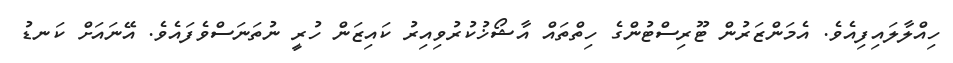
ހިއްލާލައިފިއެވެ. އެމަންޒަރުން ޓޫރިސްޓުންގެ ހިތްތައް އާޝޯޚުކުރުވިއިރު ކައިޒަން ހުރީ ނުތަނަސްވެފައެވެ. އޭނައަށް ކަނޑު